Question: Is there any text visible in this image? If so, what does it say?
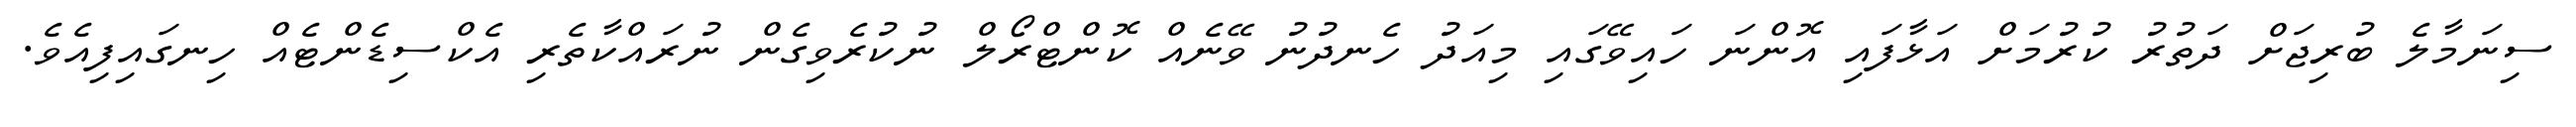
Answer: ސިނަމާލެ ބުރިޖަށް ދަތުރު ކުރުމަށް އަޅާފައި އޮންނަ ހައިވޭގައި މިއަދު ހެނދުނު ވޭނެއް ކޮންޓްރޯލް ނުކުރެވިގެން ނުރައްކާތެރި އެކްސިޑެންޓެއް ހިނގައިފިއެވެ.